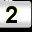
Digit: 2